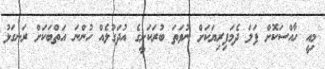
މިއީ ހާއްސަކޮށް ފަލަ ދެމަފިރިޔަކަށް ނުވަތަ ބުރަކަށީގެ އުދަގުލެއް ހުންނަ އަތްބަކަށް ރަނގަޅު